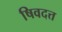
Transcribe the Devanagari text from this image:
षिवदत्त